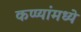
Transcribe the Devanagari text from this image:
कप्प्यांमध्ये